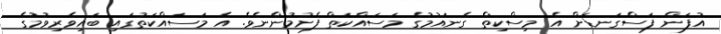
އުފަން ފަސްގަނޑަށް އެ މިސްކިތް ގެނައުމުގެ މަސައްކަތް ފެށުމުންނެވެ. އެ މަސައްކަތުގައި ބައިވެރިވުމުގެ